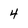
Character: 4